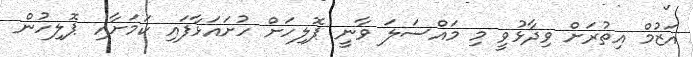
އަޒުމް އިތުރަށް ވިދާޅުވީ މި މައްސަލަ ވާނީ ޕޮލިހަށް ހުށައަޅާފައި ކަަމަށާއި ޕޮލިހުން